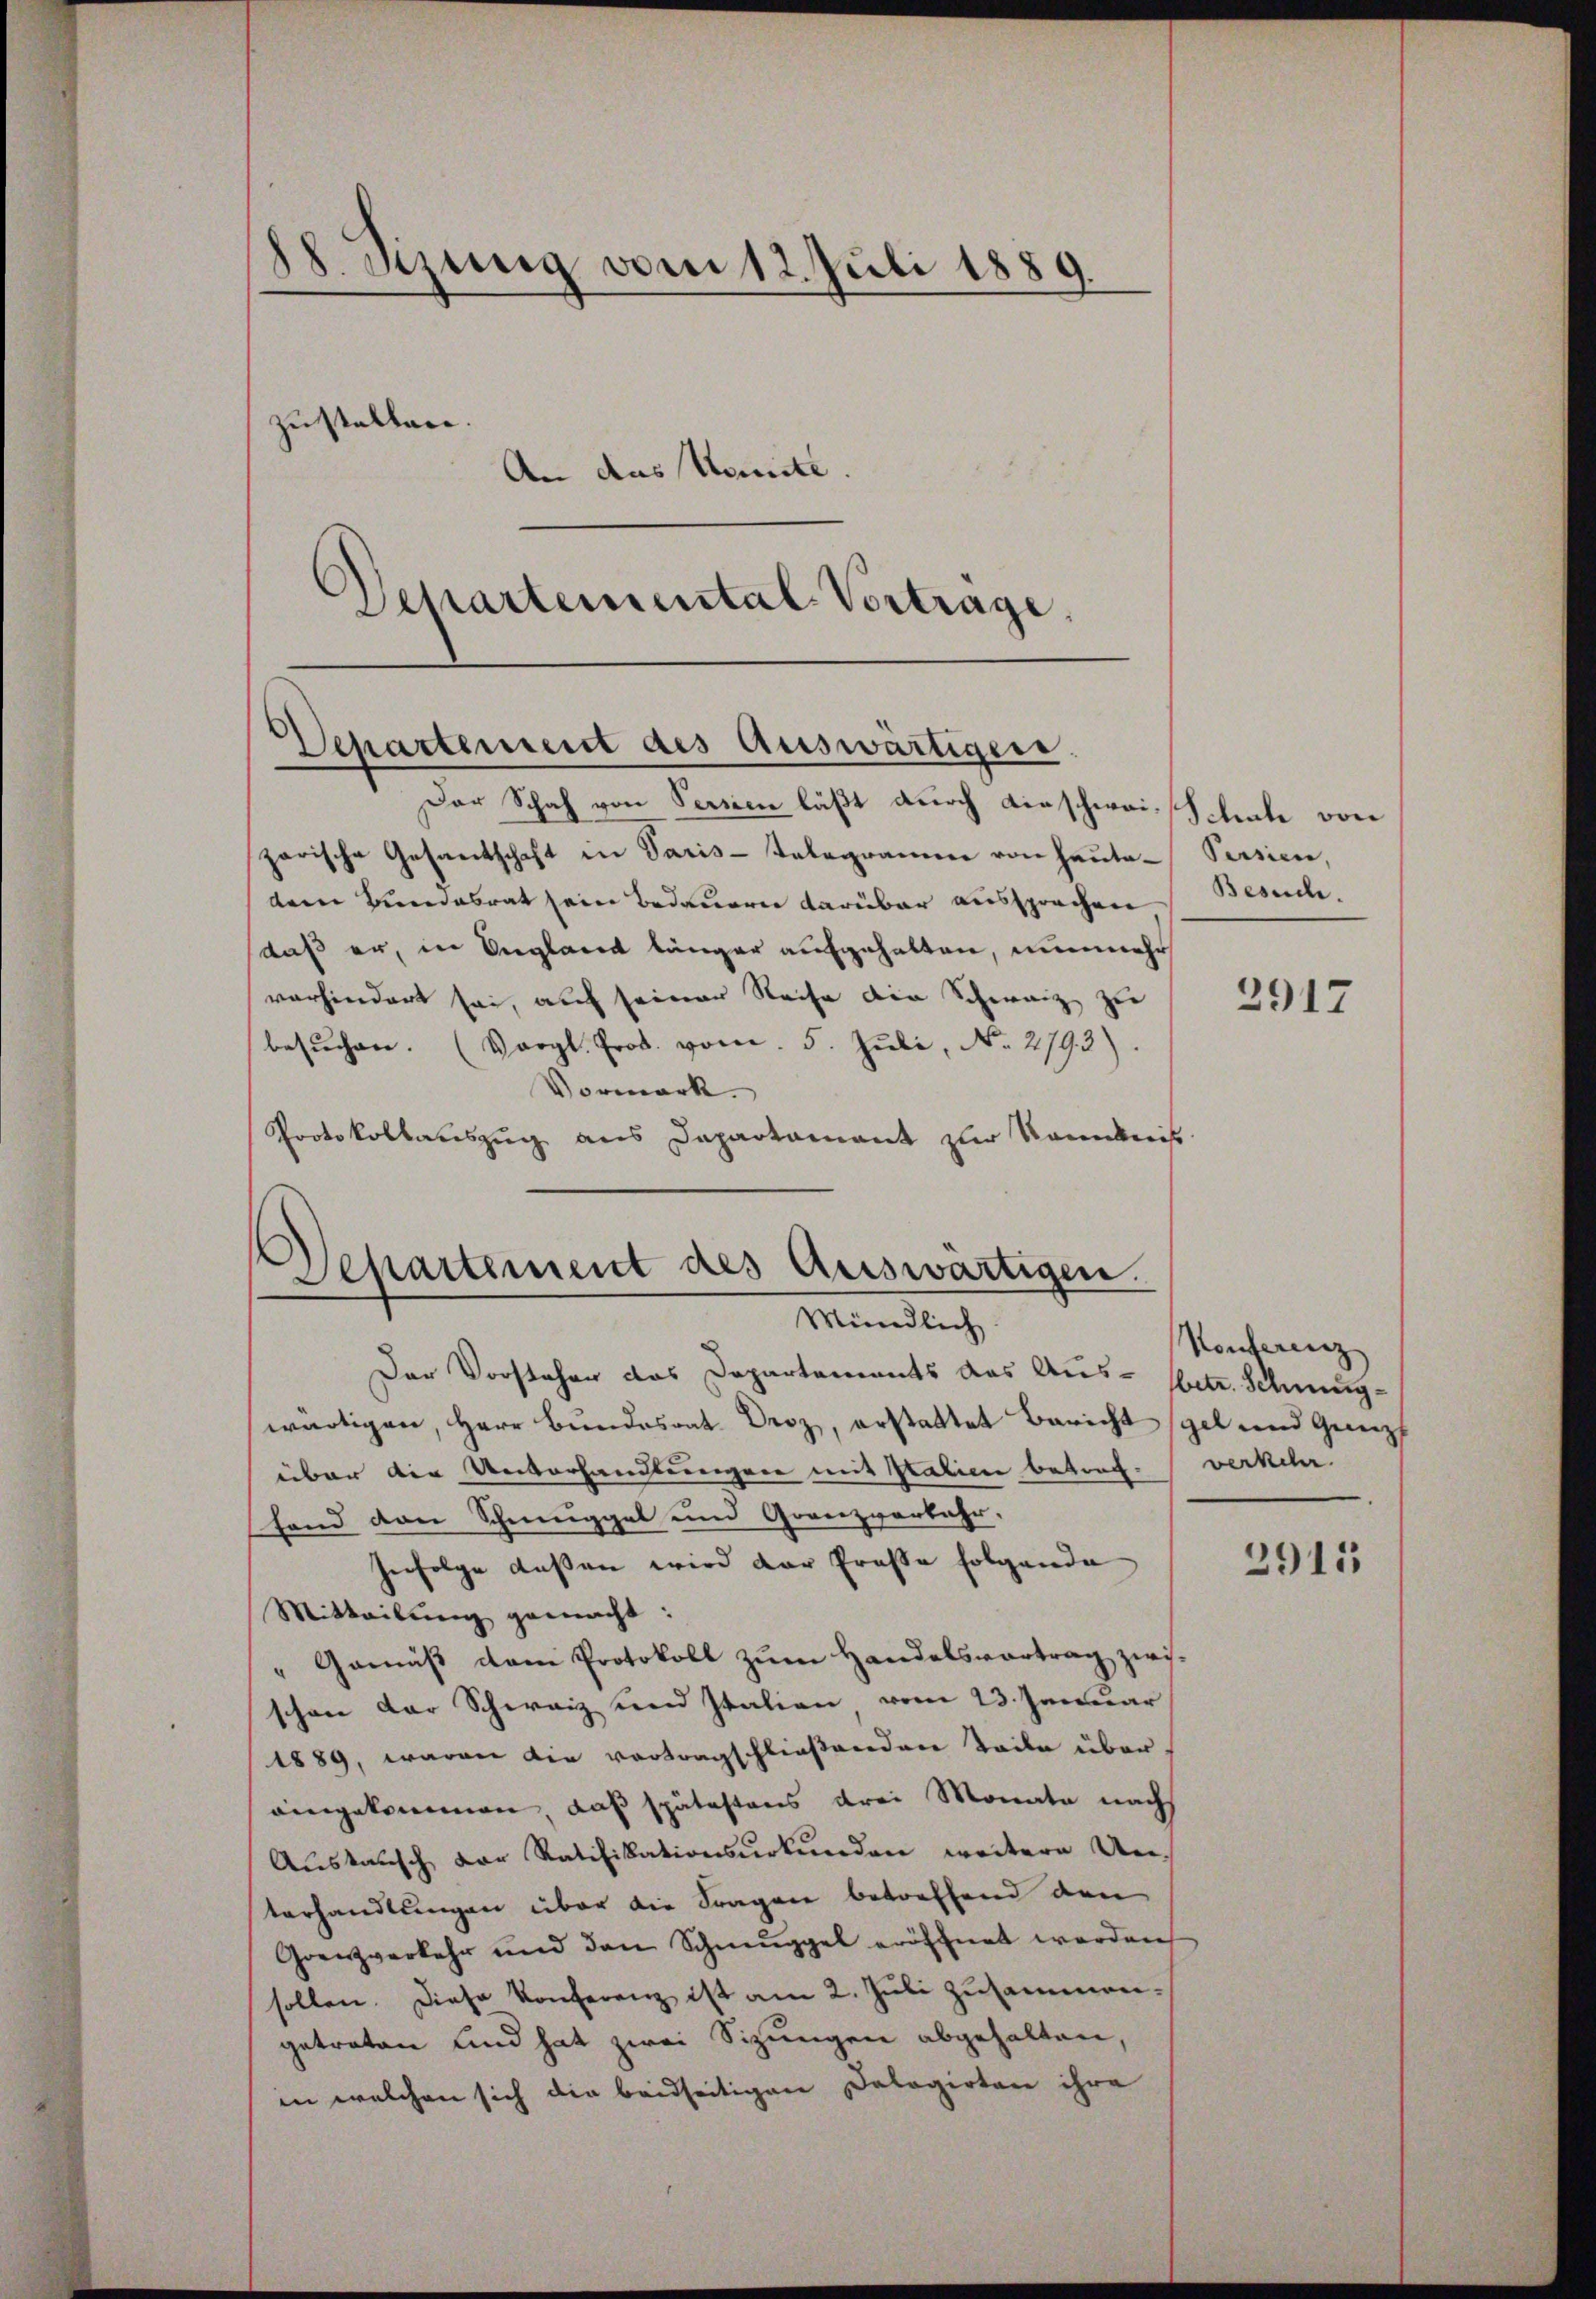
88. Sizung vom 12. Juli 1889.
zustellen
An das Komite.
Departemental Vortrage,

Departement des Auswärtiger.
Der Schaf von Serien läßt durch einschwai-Schale von

zarische Gesandschaft in Paris-Telegramm von Heute Persien,
dem Bundesrat sein Bedauern darüber aussprachen Besuch.
daß er, in Ungland länger aufgehalten, nunmehr
vorhindert sei, auch seiner Reihe die Schweiz zu
besŭchen. (Vergl. Frod. vom 5. Jŭli, N. 2793).
Vormerk.
Protokollauszug aus Departamant zur Kenntnis
Separtement des Auswärtigen.

Mündlich

Der Vorsteher das Departements das Aus- betr. Schneegwärtigen, Herr Bundesrat Droz, erstattet Bericht spiel und Ganz
über der Unterhandlungen mit Italien betraf. (verkehr.
fand von Schmuggel und Granzverkehr.
Infolge dessen wird der Prose folgende
Mitteilung gemacht:
"Gemäß dem Protokoll zum Handelsvortrag zwisschen der Schweiz und Italien vom 23. Januar
1889, waren die vortragschließenden Teile übereingekommen, daß spätestens drei Monate nachs
Austausch der Ratifikationsurkunden weitere Unterhandlungen über die Fragen betreffend den
Grenzverkehr und den Schmuggel eröffnet werden
sollen. Diese Konferenz ist am 2. Juli zusammengetreten und hat zwei Sizungen abgehalten,
in welchen sich die beidseitigen Dalogirten ihre

2917

Konferenz
2915